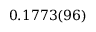
0 . 1 7 7 3 ( 9 6 )